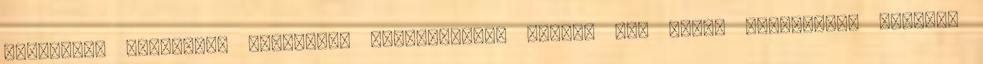
szállítás semmilyen akcióban. Rendelésekor kérjük ezt vegye figyelembe Nagyobb